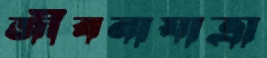
জীবনাযাত্রা